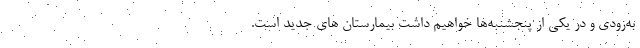
به‌زودی و در یکی از پنجشنبه‌ها خواهیم داشت بیمارستان های جدید است.